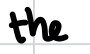
Text: the
Cross-out: clean
Writing tool: digital_black